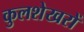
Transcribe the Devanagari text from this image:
कुलशेखरों